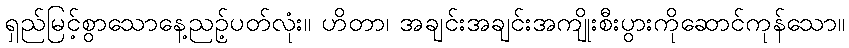
ရှည်မြင့်စွာသောနေ့ညဉ့်ပတ်လုံး။ ဟိတာ၊ အချင်းအချင်းအကျိုးစီးပွားကိုဆောင်ကုန်သော။